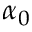
\alpha _ { 0 }